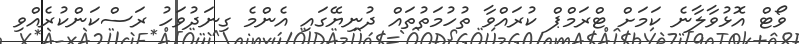
ވޯޓް އޮޅުވާލާނެ ކަމަށް ޓްރަމްޕް ކުރައްވާ ތުހުމަތުތައް ދުނިޔޭގައި އެންމެ ގިނަދުވަހު ރަސްކަންކުރެއްވި